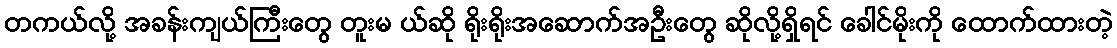
တကယ်လို့ အခန်းကျယ်ကြီးတွေ တူးမ ယ်ဆို ရိုးရိုးအဆောက်အဦးတွေ ဆိုလို့ရှိရင် ခေါင်မိုးကို ထောက်ထားတဲ့